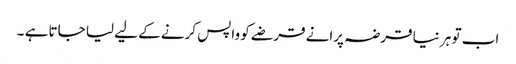
اب تو ہر نیا قرضہ پرانے قرضے کو واپس کرنے کے لیے لیا جاتا ہے ۔